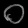
Digit: ၀